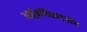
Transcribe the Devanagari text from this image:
अर्जुनविशादयोग